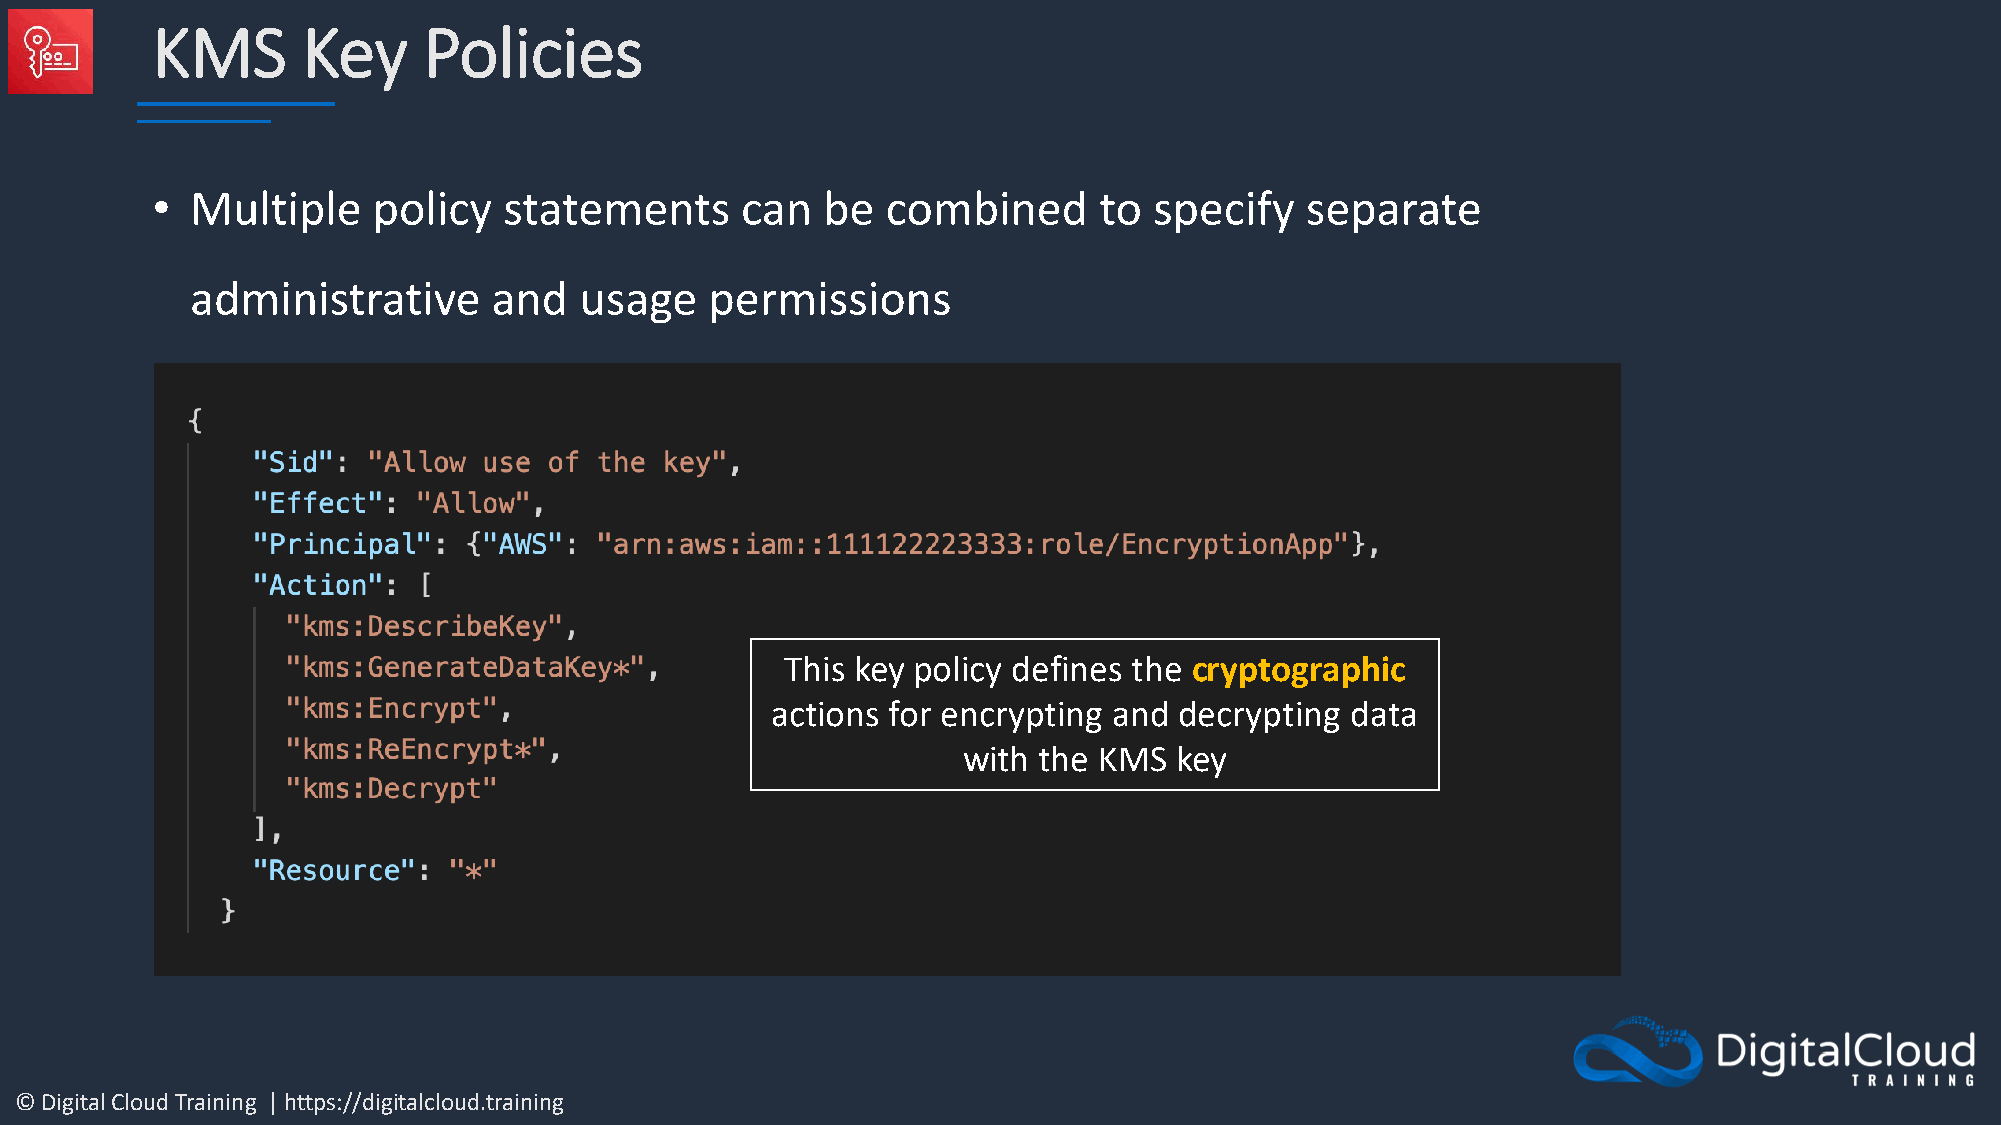
KMS       Key     Policies
 •  Multiple    policy  statements      can  be   combined      to specify   separate
 administrative      and  usage    permissions
 This key policy defines the cryptographic
 actions for encrypting and decrypting data
 with the KMS  key
 © Digital Cloud Training | https://digitalcloud.training